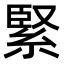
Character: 緊